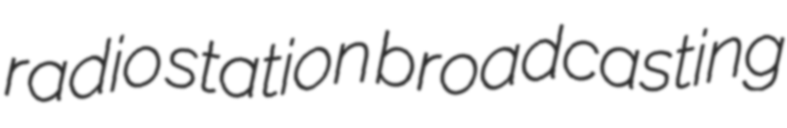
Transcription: radio station broadcasting